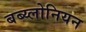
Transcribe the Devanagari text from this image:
बब्य्लोनियन